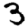
Digit: 3